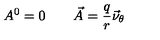
A ^ { 0 } = 0 \qquad \vec { A } = \frac { q } { r } \vec { \nu } _ { \theta }